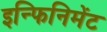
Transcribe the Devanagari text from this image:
इन्फिनिमेंट